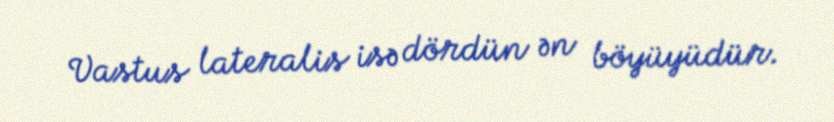
Vastus lateralis isə dördün ən böyüyüdür.